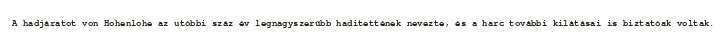
A hadjáratot von Hohenlohe az utóbbi száz év legnagyszerűbb haditettének nevezte, és a harc további kilátásai is biztatóak voltak.